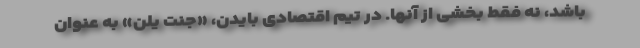
باشد، نه فقط بخشی از آنها. در تیم اقتصادی بایدن، «جنت یلن» به عنوان